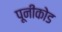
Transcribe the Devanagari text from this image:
पूनीकोड